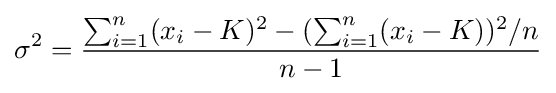
\sigma ^{2}={\frac {\sum _{i=1}^{n}(x_{i}-K)^{2}-(\sum _{i=1}^{n}(x_{i}-K))^{2}/n}{n-1}}